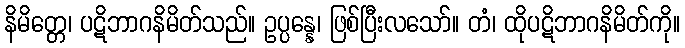
နိမိတ္တေ၊ ပဋိဘာဂနိမိတ်သည်။ ဥပ္ပန္နေ၊ ဖြစ်ပြီးလသော်။ တံ၊ ထိုပဋိဘာဂနိမိတ်ကို။